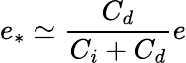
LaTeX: e_{*}\simeq\frac{C_{d}}{C_{i}+C_{d}}e